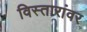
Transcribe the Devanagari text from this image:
विस्तारांवर